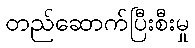
တည်ဆောက်ပြီးစီးမှု